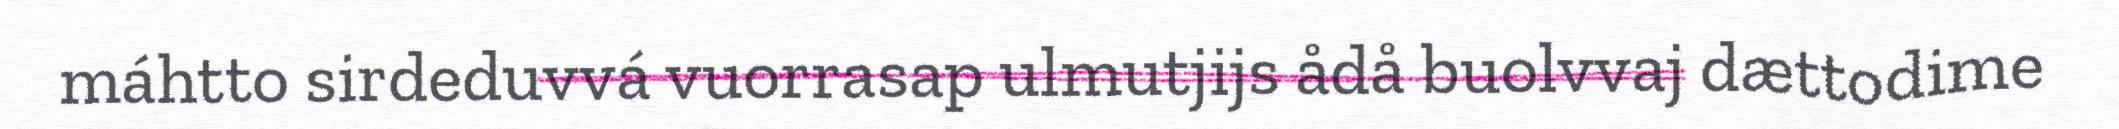
máhtto sirdeduvvá vuorrasap ulmutjijs ådå buolvvaj dættodime